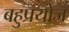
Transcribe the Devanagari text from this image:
बहुप्रयोज